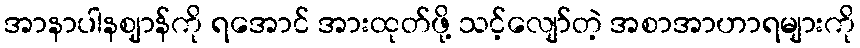
အာနာပါနဈာန်ကို ရအောင် အားထုတ်ဖို့ သင့်လျော်တဲ့ အစာအာဟာရများကို